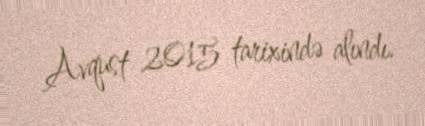
Avqust 2015 tarixində alındı.